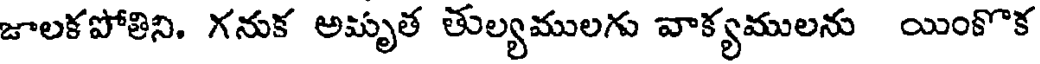
జాలకపోతిని, గనుక అమృత తుల్యములగు వాక్యములను యింకొక